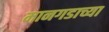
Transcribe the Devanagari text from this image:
मानगडाच्या